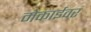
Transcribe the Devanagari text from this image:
मेकाईवर